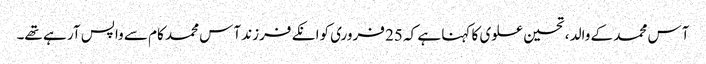
آس محمد کے والد ، تحسین علوی کا کہنا ہے کہ 25 فروری کوانکے فرزند آس محمد کام سے واپس آر ہے تھے۔